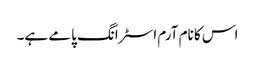
اس کا نام آرم اسٹرانگ پامے ہے۔